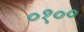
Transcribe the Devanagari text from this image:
०१००